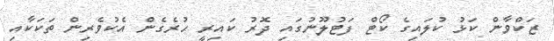
ޒަކްވާން ކަޅު ކުލައިގެ ކޯޓް ފަޓުލޫނުގައި ދޮރު ކައިރީ ހުރެގެން އެކުވެރިން ތަކަކާއި